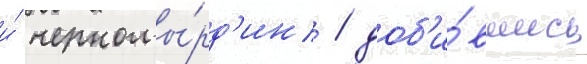
и́ черномы́рд'ин / доб'и́вшись